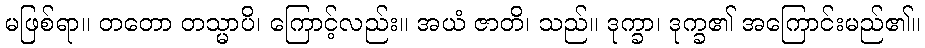
မဖြစ်ရာ။ တတော တသ္မာပိ၊ ကြောင့်လည်း။ အယံ ဇာတိ၊ သည်။ ဒုက္ခာ၊ ဒုက္ခ၏ အကြောင်းမည်၏။